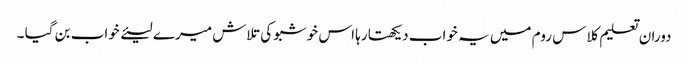
دوران تعلیم کلاس روم میں یہ خواب دیکھتا رہا اس خوشبو کی تلاش میرے لیئے خواب بن گیا ۔